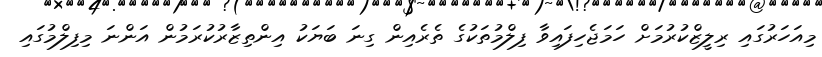
މިއަހަރުގައި ރިލީޒްކުރުމަށް ހަމަޖެހިފައިވާ ފިލްމުތަކުގެ ތެރެއިން ގިނަ ބަޔަކު އިންތިޒާރުކުރަމުން އަންނަ މިފިލްމުގައި